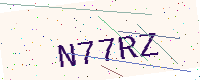
Text: N77RZ